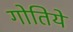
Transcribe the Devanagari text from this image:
गोतिये